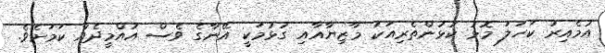
އުމެއިރު ކަހަލަ މޮޅު ކުޅުންތެރިއަކު މާޒިޔާއާއި ގުޅުމަކީ އޭނާގެ ވެސް އުއްމީދެއް ކަމަށެވެ.